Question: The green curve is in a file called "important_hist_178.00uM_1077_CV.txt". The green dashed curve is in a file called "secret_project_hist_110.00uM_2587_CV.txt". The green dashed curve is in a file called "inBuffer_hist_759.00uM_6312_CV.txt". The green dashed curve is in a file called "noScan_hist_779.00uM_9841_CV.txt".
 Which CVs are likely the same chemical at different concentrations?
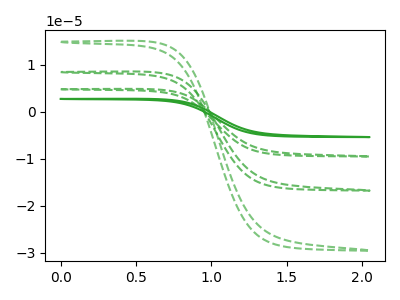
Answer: <think>The green curve "hist 178.00uM" has no peaks. The green dashed curve "hist 110.00uM" has no peaks. The green dashed curve "hist 759.00uM" has no peaks. The green dashed curve "hist 779.00uM" has no peaks.
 Neither "hist 178.00uM" or "hist 110.00uM" have any peaks. Neither "hist 178.00uM" or "hist 759.00uM" have any peaks. Neither "hist 178.00uM" or "hist 779.00uM" have any peaks. Neither "hist 110.00uM" or "hist 759.00uM" have any peaks. Neither "hist 110.00uM" or "hist 779.00uM" have any peaks. Neither "hist 759.00uM" or "hist 779.00uM" have any peaks.</think>
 <answer>"hist 110.00uM", "hist 178.00uM", "hist 759.00uM" and "hist 779.00uM" have the same shape and are likely CV's of the same chemical.</answer>
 <eval>"hist 110.00uM" "hist 178.00uM" "hist 759.00uM" "hist 779.00uM"</eval>